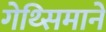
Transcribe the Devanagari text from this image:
गेथ्सिमाने